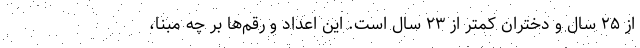
از ۲۵ سال و دختران کمتر از ۲۳ سال است. این اعداد و رقم‌ها بر چه مبنا،